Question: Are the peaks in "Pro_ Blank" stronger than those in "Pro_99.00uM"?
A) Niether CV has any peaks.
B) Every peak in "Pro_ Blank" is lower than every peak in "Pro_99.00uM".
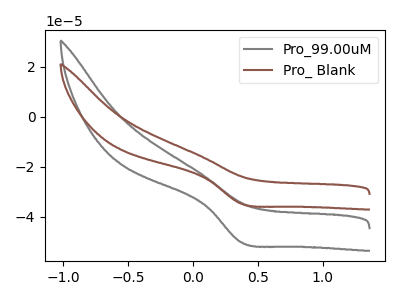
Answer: <think>The gray curve "Pro_99.00uM" has a cathodic peak at: (0.35V, -50.20uA). The brown curve "Pro_ Blank" has a cathodic peak at: (0.35V, -34.75uA).</think>
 <answer>B) Every peak in "Pro_ Blank" is lower than every peak in "Pro_99.00uM".</answer>
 <eval>B</eval>